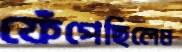
ফেঁপেছিলেম